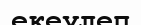
екеулеп